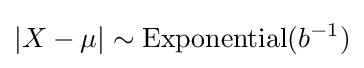
\left|X-\mu \right|\sim {\textrm {Exponential}}(b^{-1})